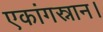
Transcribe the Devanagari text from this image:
एकांगस्नान।